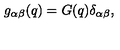
g _ { \alpha \beta } ( q ) = G ( q ) \delta _ { \alpha \beta } ,